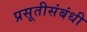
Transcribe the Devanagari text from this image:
प्रसूतीसंबंधी